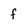
Character: f